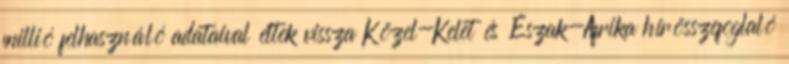
millió felhasználó adataival éltek vissza Közel-Kelet és Észak-Afrika hírösszefoglaló